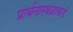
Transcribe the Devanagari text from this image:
प्रार्थनास्थळाकडे